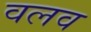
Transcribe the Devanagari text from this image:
वलव